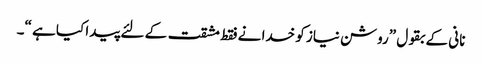
نانی کے بقول ”روشن نیاز کو خدا نے فقط مشقت کے لئے پیدا کیا ہے “۔